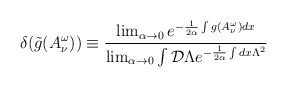
\begin{align*}\delta(\tilde{g}(A^{\omega}_{\nu}))\equiv\frac{\lim_{\alpha\rightarrow 0}e^{-\frac{1}{2\alpha}\int g(A^{\omega}_{\nu})dx}}{\lim_{\alpha\rightarrow 0}\int{\cal D}\Lambda e^{-\frac{1}{2\alpha}\int dx\Lambda^{2}}}\end{align*}